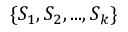
\{ S _ { 1 } , S _ { 2 } , . . . , S _ { k } \}